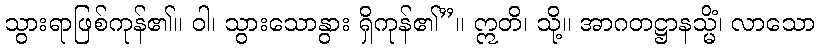
သွားရာဖြစ်ကုန်၏။ ဝါ၊ သွားသောနွား ရှိကုန်၏”။ ဣတိ၊ သို့။ အာဂတဋ္ဌာနသ္မိံ၊ လာသော